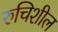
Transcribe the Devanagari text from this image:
रुचिशील